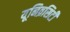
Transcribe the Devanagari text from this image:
यूनिव्रसिटी